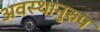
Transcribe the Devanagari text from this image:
अवस्थानुरुप